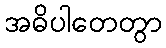
အဓိပါတေတွာ